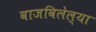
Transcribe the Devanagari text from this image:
वाजविलेल्या